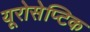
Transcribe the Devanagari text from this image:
यूरोसेप्टिक